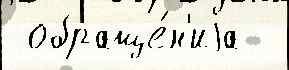
 обраще́н'иjа